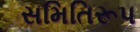
સમિતિરૂપ